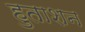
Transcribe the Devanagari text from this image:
हुताशन